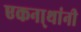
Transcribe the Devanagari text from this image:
एकना्थांनी